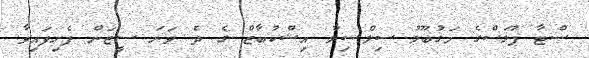
ސްޓާ ޕުލަސްގެ މަގުބޫލު ސިލްސިލާ އިޝްކުބާޒް ގެ ދެ ވަނަ ސީޒަން ފެށިފައިވާ